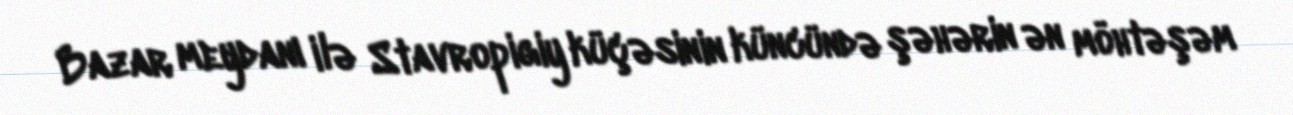
Bazar meydanı ilə Stavropigiy küçəsinin küncündə şəhərin ən möhtəşəm